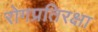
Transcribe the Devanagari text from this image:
रोगप्रतिरक्षा